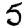
Digit: 5